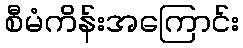
စီမံကိန်းအကြောင်း